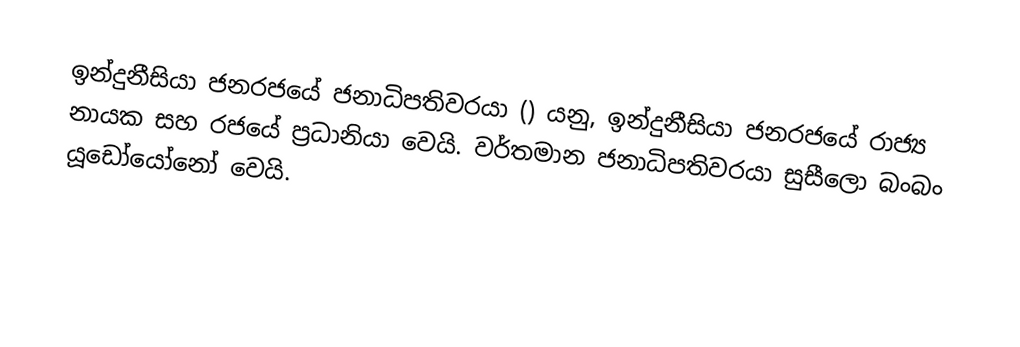
ඉන්දුනීසියා ජනරජයේ ජනාධිපතිවරයා () යනු,  ඉන්දුනීසියා ජනරජයේ රාජ්‍ය නායක සහ රජයේ ප්‍රධානියා වෙයි. වර්තමාන ජනාධිපතිවරයා සුසීලො බංබං යූඩෝයෝනෝ වෙයි.